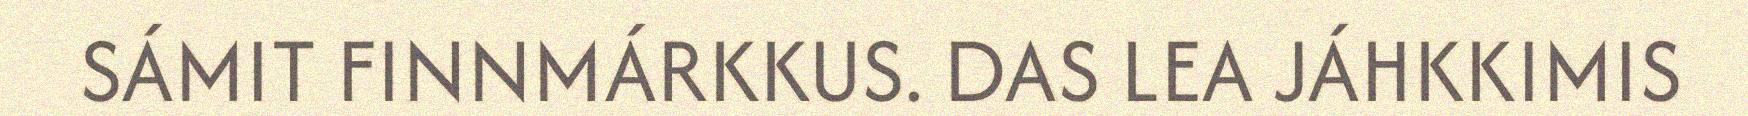
SÁMIT FINNMÁRKKUS. DAS LEA JÁHKKIMIS